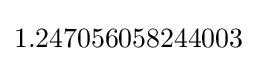
1.247056058244003